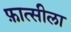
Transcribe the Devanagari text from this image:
फ़ात्सीला